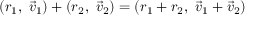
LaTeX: ( r _ { 1 } , \ { \vec { v } } _ { 1 } ) + ( r _ { 2 } , \ { \vec { v } } _ { 2 } ) = ( r _ { 1 } + r _ { 2 } , \ { \vec { v } } _ { 1 } + { \vec { v } } _ { 2 } )